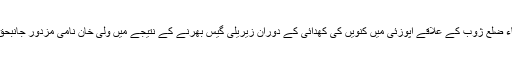
دریں اثناء ضلع ژوب کے علاقے اپوزئی میں کنویں کی کھدائی کے دوران زیریلی گیس بھرنے کے نتیجے میں ولی خان نامی مزدور جانبحق ہوگئے۔